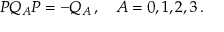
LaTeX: P Q _ { A } P = - Q _ { A } \, , \quad A = 0 , 1 , 2 , 3 \, .